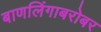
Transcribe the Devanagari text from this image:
बाणलिंगाबरोबर